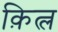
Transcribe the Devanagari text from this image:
क़ित्ल